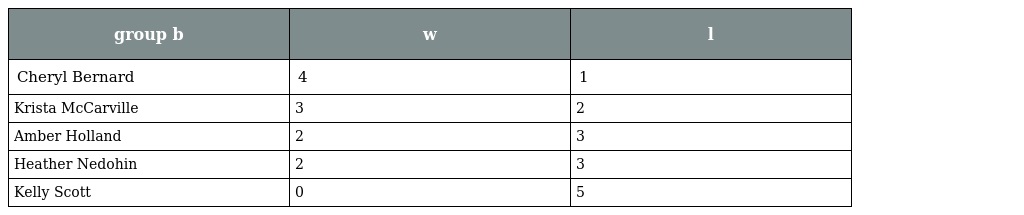
| group b | w | l |
 | --- | --- | --- |
 | Cheryl Bernard | 4 | 1 |
 | Krista McCarville | 3 | 2 |
 | Amber Holland | 2 | 3 |
 | Heather Nedohin | 2 | 3 |
 | Kelly Scott | 0 | 5 |